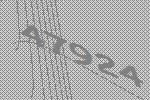
47924